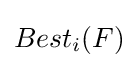
Best_{i}(F)